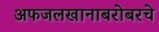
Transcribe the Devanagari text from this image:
अफजलखानाबरोबरचे